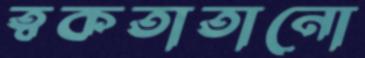
ত্বকতাতানো